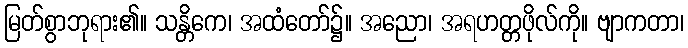
မြတ်စွာဘုရား၏။ သန္တိကေ၊ အထံတော်၌။ အညော၊ အရဟတ္တဖိုလ်ကို။ ဗျာကတာ၊